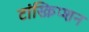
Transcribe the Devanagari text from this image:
टांस्क्रिप्शन